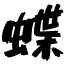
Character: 蝶